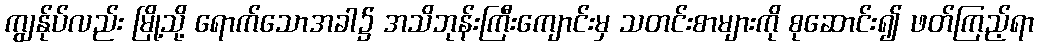
ကျွန်ုပ်လည်း မြို့သို့ ရောက်သောအခါ၌ အသိဘုန်းကြီးကျောင်းမှ သတင်းစာများကို စုဆောင်း၍ ဖတ်ကြည့်ရာ